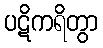
ပဋိကရိတွာ